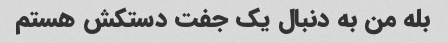
بله من به دنبال یک جفت دستکش هستم